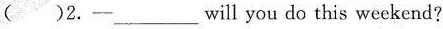
( )2.一______will you do this weekend?